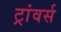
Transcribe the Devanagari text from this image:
ट्रांवर्स